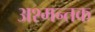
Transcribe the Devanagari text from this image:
अश्मन्तक